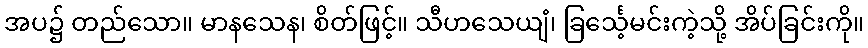
အပ၌ တည်သော။ မာနသေန၊ စိတ်ဖြင့်။ သီဟသေယျံ၊ ခြင်္သေ့မင်းကဲ့သို့ အိပ်ခြင်းကို။